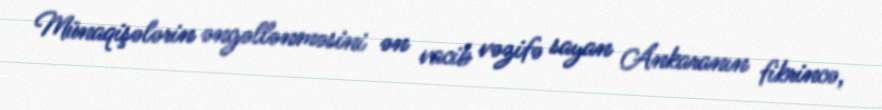
Münaqişələrin əngəllənməsini ən vacib vəzifə sayan Ankaranın fikrincə,